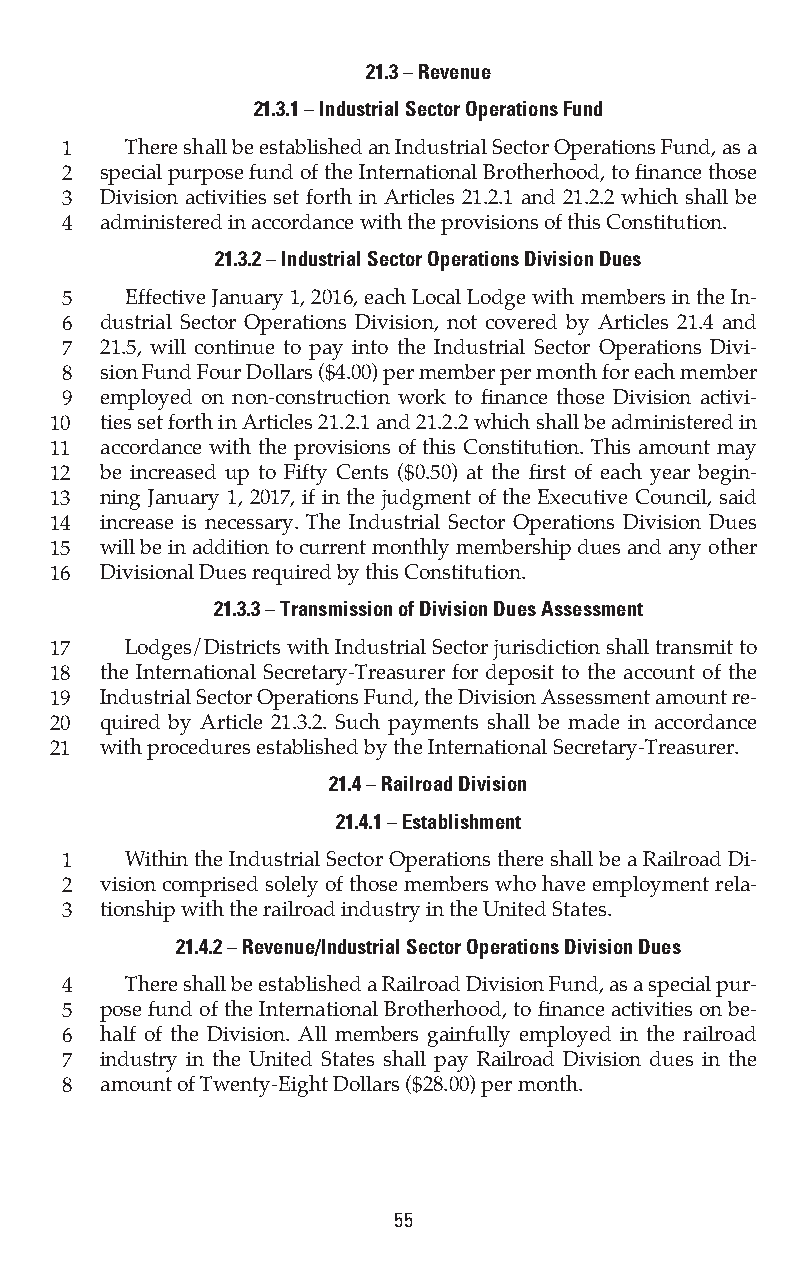
21.3 – Revenue
 21.3.1 – Industrial Sector Operations Fund
 1   There shall be established an Industrial Sector Operations Fund, as a
 2  special purpose fund of the International Brotherhood, to finance those
 3  Division activities set forth in Articles 21.2.1 and 21.2.2 which shall be
 4  administered in accordance with the provisions of this Constitution.
 21.3.2 – Industrial Sector Operations Division Dues
 5   Effective January 1, 2016, each Local Lodge with members in the In-
 6  dustrial Sector Operations Division, not covered by Articles 21.4 and
 7  21.5, will continue to pay into the Industrial Sector Operations Divi-
 8  sion Fund Four Dollars ($4.00) per member per month for each member
 9  employed on non-construction work to finance those Division activi-
 10  ties set forth in Articles 21.2.1 and 21.2.2 which shall be administered in
 11  accordance with the provisions of this Constitution. This amount may
 12  be increased up to Fifty Cents ($0.50) at the first of each year begin-
 13  ning January 1, 2017, if in the judgment of the Executive Council, said
 14  increase is necessary. The Industrial Sector Operations Division Dues
 15  will be in addition to current monthly membership dues and any other
 16  Divisional Dues required by this Constitution.
 21.3.3 – Transmission of Division Dues Assessment
 17   Lodges/Districts with Industrial Sector jurisdiction shall transmit to
 18  the International Secretary-Treasurer for deposit to the account of the
 19  Industrial Sector Operations Fund, the Division Assessment amount re-
 20  quired by Article 21.3.2. Such payments shall be made in accordance
 21  with procedures established by the International Secretary-Treasurer.
 21.4 – Railroad Division
 21.4.1 – Establishment
 1   Within the Industrial Sector Operations there shall be a Railroad Di-
 2  vision comprised solely of those members who have employment rela-
 3  tionship with the railroad industry in the United States.
 21.4.2 – Revenue/Industrial Sector Operations Division Dues
 4   There shall be established a Railroad Division Fund, as a special pur-
 5  pose fund of the International Brotherhood, to finance activities on be-
 6  half of the Division. All members gainfully employed in the railroad
 7  industry in the United States shall pay Railroad Division dues in the
 8  amount of Twenty-Eight Dollars ($28.00) per month.
 55